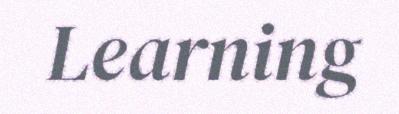
Learning